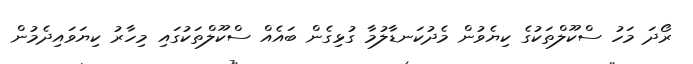
ރޯދަ މަހު ސްކޫލްތަކުގެ ކިޔެވުން މެދުކަނޑާލުމާ ގުޅިގެން ބައެއް ސްކޫލްތަކުގައި މިހާރު ކިޔަވައިދެމުން